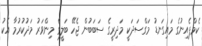
ކެމްޕެއިނުގެ މައިގަނޑު މަގްސަދަކީ މަދިރީގެ ސަބަބުން ޖެހޭ ބަލީގެ މިންވަރު މަދުކުރުމާ އެކު